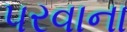
૫રવાના